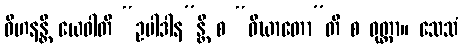
ဝိဟနန္တိ ယေဝါတိ “ဥပါဒါန”န္တိ စ “ဝိဃာတော”တိ စ ဝုတ္တာ။ သေသံ